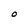
Character: O